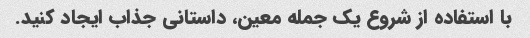
با استفاده از شروع یک جمله معین، داستانی جذاب ایجاد کنید.